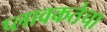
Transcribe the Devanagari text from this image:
प्लावकतेचा